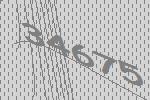
34675